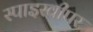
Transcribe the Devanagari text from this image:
स्पाइस्वीपर